Vaccination in the Punjab 1897-1904 - 1897-1904
Year: 1897
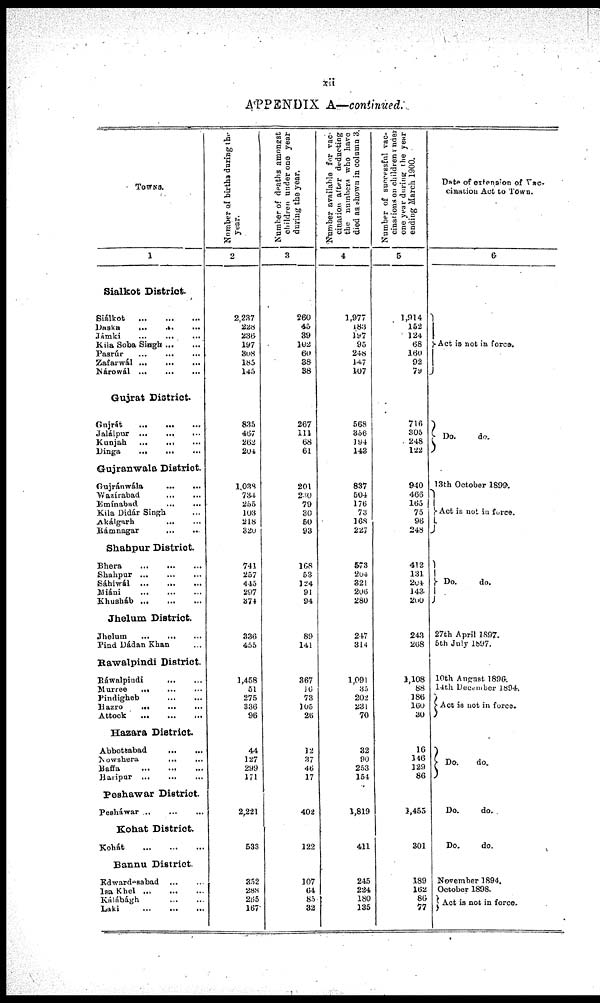
xii
APPENDIX A—continued.
TOWNS.
1
Sialkot District ... ... ...
Siálkot
...
...
...
Daska
...
...
...
Jámki ... ... ...
Kila Soba Singh ... ... ...
Pasrúr ... ... ...
Zafarwál
...
...
...
Nárowál
...
...
...
Gujrat District.
Gnjrát
...
...
...
Jalálpur
...
...
...
Kunjah
...
...
...
Dinga ... ... ...
Gujranwala District.
Gujránwála ... ...
Wazirabad ... ...
Emínabad ... ...
Kila Didár Singh ...
Akálgarh
...
...
Rámnagar
...
...
Shahpur District.
Bhera
...
...
...
Shahpur
...
...
...
Sáhiwál
...
...
...
Miáni ... ... ...
Khusháb
...
...
...
Jhelum District.
Jhelum
...
...
...
Pind Dádan Khan ...
Rawalpindi District.
Ráwalpindi
...
...
Murree ... ... ...
Pindigheb
...
...
Hazro
...
...
...
Attock
...
...
...
Hazara District.
Abbottabad
...
...
Nowshera ... ...
Baffa
...
...
...
Haripur ... ... ...
Peshawar District
Pesháwar ... ... ...
Kohat District.
Kohát
...
...
...
Bannu District.
Edwardesabad ... ...
Isa Khel
...
...
...
Kálábágh ... ...
Laki
...
...
...
Number of births during the
year.
2
2,237
228
236
197
308
185
145
835
467
262
204
1,038
734
255
l03
218
320
741
257
445
297
374
336
455
1,458
51
275
336
96
44
127
299
171
2,221
533
352
288
265
167
Number of deaths amongst
children under one year
during the year.
3
260
45
39
102
60
38
38
267
111
68
61
201
230
79
30
50
93
168
43
124
91
94
89
141
367
16
73
105
26
12
37
46
17
402
122
107
64
85
32
Number available for vac-
cination after deducting
the numbers who have
died as shown in column 3.
4
1,977
183
197
95
248
147
107
568
356
194
143
837
504
176
73
168
227
573
204
321
206
280
247
314
1,091
35
202
231
70
32
90
253
154
1,819
411
245
224
180
135
Number of successful vac-
cinations on children under
one year during the year
ending March 1900.
5
1,914
152
124
68
160
92
79
716
305
248
122
940
466
165
75
96
248
412
131
204
143
200
243
268
1,108
88
186
160
30
16
146
129
86
2,455
301
189
162
86
77
Date of extension of Vac-
cination Act to Town.
6
Act is not in force.
Do.
do.
13th October 1899.
Act in not in force.
Do.
do.
27th April 1897.
5th July 1897.
10th August 1896.
14th December l894.
Act is not in force.
Do.
do.
Do.
do.
Do.
do.
November 1894.
October 1898.
Act is not in force.